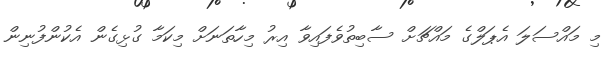
މި މައްސަލަ އެޕަލްގެ މައްޗަށް ސާބިތުވެފައިވާ އިރު މިހާތަނަށް މިކަމާ ގުޅިގެން އެކުންފުނިން